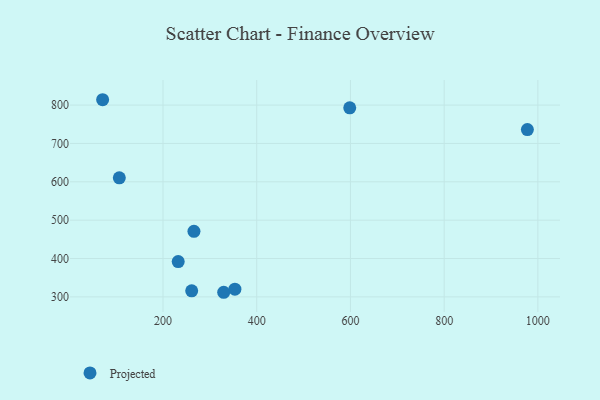
{"axis": {"x": "Speed", "y": "Profit"}, "legend": ["Projected"], "data": [{"x": "977.6", "y": 736.1, "type": "Projected"}, {"x": "329.5", "y": 312.0, "type": "Projected"}, {"x": "353.4", "y": 320.0, "type": "Projected"}, {"x": "232.4", "y": 392.1, "type": "Projected"}, {"x": "598.5", "y": 793.0, "type": "Projected"}, {"x": "71.1", "y": 814.0, "type": "Projected"}, {"x": "266.0", "y": 470.8, "type": "Projected"}, {"x": "261.2", "y": 315.7, "type": "Projected"}, {"x": "106.7", "y": 610.4, "type": "Projected"}]}